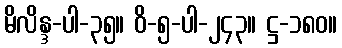
မိလိန္ဒ-ပါ-၃၅။ ဝိ-၅-ပါ-၂၄၃။ ဋ္ဌ-၁၈၀။